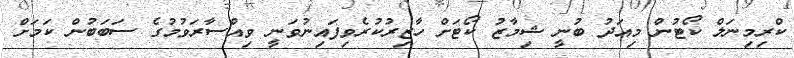
ކްރިމިނަލް ކޯޓުން މިއަދު ބުނީ ޝިމާޒު ކޯޓަށް ހާޒިރުކުރެވިފައިނުވަނީ ވިއްސާރަވުމުގެ ސަބަބުން ކަމަށް